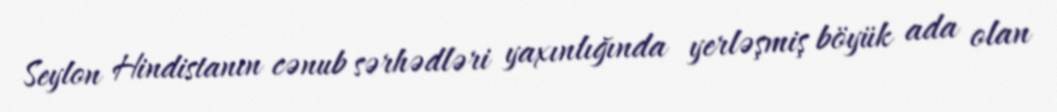
Seylon Hindistanın cənub sərhədləri yaxınlığında yerləşmiş böyük ada olan